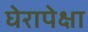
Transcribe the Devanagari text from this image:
घेरापेक्षा